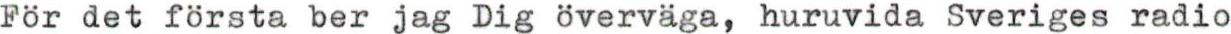
För det första ber jag Dig överväga, huruvida Sveriges radio